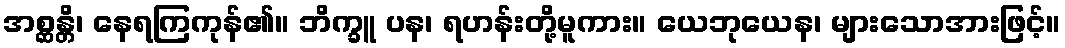
အစ္ဆန္တိ၊ နေရကြကုန်၏။ ဘိက္ခူ ပန၊ ရဟန်းတို့မူကား။ ယေဘုယေန၊ များသောအားဖြင့်။